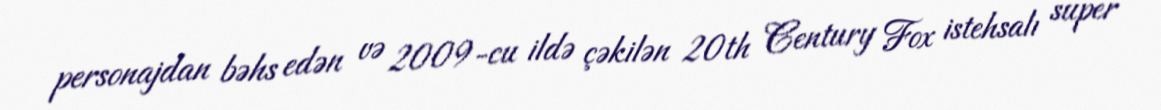
personajdan bəhs edən və 2009-cu ildə çəkilən 20th Century Fox istehsalı super